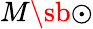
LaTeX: M\sb{\odot}